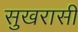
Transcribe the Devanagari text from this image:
सुखरासी